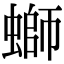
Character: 螄